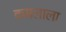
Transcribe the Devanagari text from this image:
कमलाला